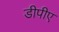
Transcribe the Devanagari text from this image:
डीपीए